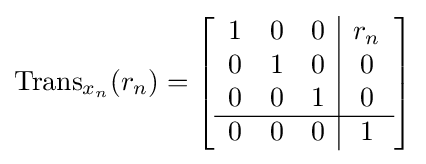
\operatorname {Trans} _{x_{n}}(r_{n})=\left[{\begin{array}{ccc|c}1&0&0&r_{n}\\0&1&0&0\\0&0&1&0\\\hline 0&0&0&1\end{array}}\right]